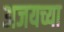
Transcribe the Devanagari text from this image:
अजयच्या